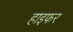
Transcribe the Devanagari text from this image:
हाइफर